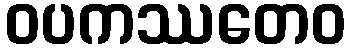
ဝပကဿတေဝ